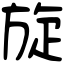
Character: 旋